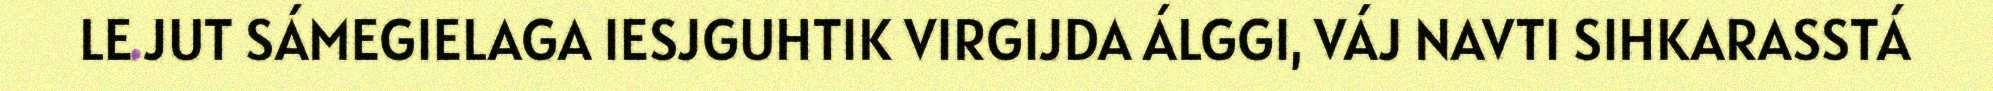
LE JUT SÁMEGIELAGA IESJGUHTIK VIRGIJDA ÁLGGI, VÁJ NAVTI SIHKARASSTÁ